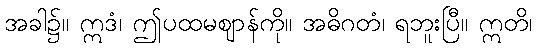
အခါ၌။ ဣဒံ၊ ဤပထမဈာန်ကို။ အဓိဂတံ၊ ရဘူးပြီ။ ဣတိ၊